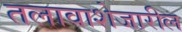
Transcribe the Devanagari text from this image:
तलावाशेजारील